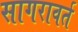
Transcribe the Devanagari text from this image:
सागरावर्त